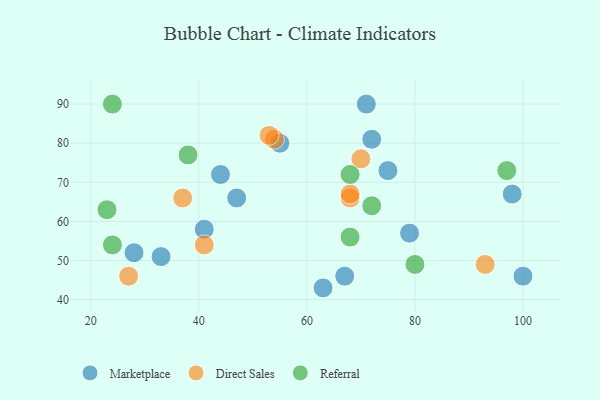
{"axis": {"x": "GDP", "y": "Life Expectancy"}, "legend": ["Direct Sales", "Marketplace", "Referral"], "data": [{"x": "41", "y": 58, "type": "Marketplace"}, {"x": "63", "y": 43, "type": "Marketplace"}, {"x": "100", "y": 46, "type": "Marketplace"}, {"x": "55", "y": 80, "type": "Marketplace"}, {"x": "98", "y": 67, "type": "Marketplace"}, {"x": "71", "y": 90, "type": "Marketplace"}, {"x": "72", "y": 81, "type": "Marketplace"}, {"x": "67", "y": 46, "type": "Marketplace"}, {"x": "33", "y": 51, "type": "Marketplace"}, {"x": "47", "y": 66, "type": "Marketplace"}, {"x": "75", "y": 73, "type": "Marketplace"}, {"x": "28", "y": 52, "type": "Marketplace"}, {"x": "44", "y": 72, "type": "Marketplace"}, {"x": "79", "y": 57, "type": "Marketplace"}, {"x": "93", "y": 49, "type": "Direct Sales"}, {"x": "27", "y": 46, "type": "Direct Sales"}, {"x": "37", "y": 66, "type": "Direct Sales"}, {"x": "54", "y": 81, "type": "Direct Sales"}, {"x": "68", "y": 66, "type": "Direct Sales"}, {"x": "70", "y": 76, "type": "Direct Sales"}, {"x": "68", "y": 67, "type": "Direct Sales"}, {"x": "41", "y": 54, "type": "Direct Sales"}, {"x": "53", "y": 82, "type": "Direct Sales"}, {"x": "97", "y": 73, "type": "Referral"}, {"x": "38", "y": 77, "type": "Referral"}, {"x": "24", "y": 90, "type": "Referral"}, {"x": "72", "y": 64, "type": "Referral"}, {"x": "23", "y": 63, "type": "Referral"}, {"x": "24", "y": 54, "type": "Referral"}, {"x": "68", "y": 72, "type": "Referral"}, {"x": "80", "y": 49, "type": "Referral"}, {"x": "68", "y": 56, "type": "Referral"}]}